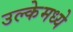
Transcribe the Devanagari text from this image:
उल्केमध्ये